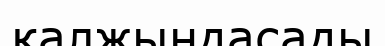
қалжыңдасады